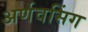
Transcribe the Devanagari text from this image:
अर्णवसिंग